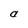
Character: a